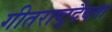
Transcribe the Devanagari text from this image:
गीतराष्ट्रदैवता